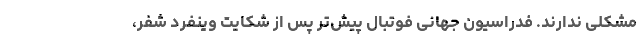
مشکلی ندارند. فدراسیون جهانی فوتبال پیش‌تر پس از شکایت وینفرد شفر،